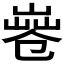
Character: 𠨤